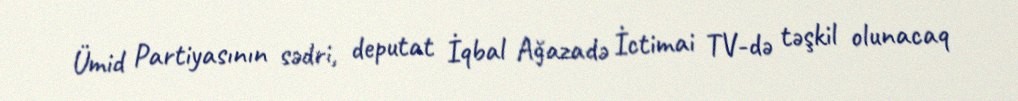
Ümid Partiyasının sədri, deputat İqbal Ağazadə İctimai TV-də təşkil olunacaq